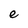
Character: e